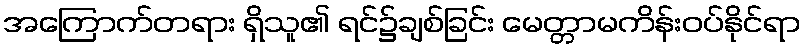
အကြောက်တရား ရှိသူ၏ ရင်၌ချစ်ခြင်း မေတ္တာမကိန်းဝပ်နိုင်ရာ